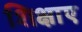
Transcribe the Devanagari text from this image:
शिक्षाए